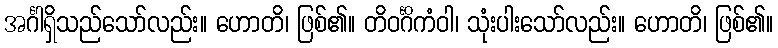
အင်္ဂါရှိသည်သော်လည်း။ ဟောတိ၊ ဖြစ်၏။ တိဝင်္ဂိကံဝါ၊ သုံးပါးသော်လည်း။ ဟောတိ၊ ဖြစ်၏။